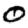
Digit: 0